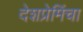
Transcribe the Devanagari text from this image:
देशप्रेमिंचा